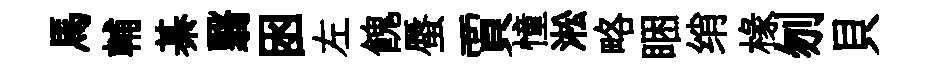
馬輔綦翳囦左餽蜃賈憧淞略睏绡椽刎貝